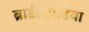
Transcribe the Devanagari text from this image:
ब्राडीकार्डिया